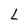
Character: L